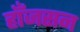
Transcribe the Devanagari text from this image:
हाँजसन